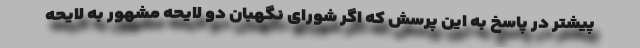
پیشتر در پاسخ به این پرسش که اگر شورای نگهبان دو لایحه مشهور به لایحه